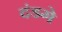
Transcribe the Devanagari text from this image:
दंडगे